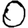
Digit: 0